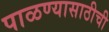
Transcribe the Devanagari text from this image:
पाळण्यासाठीची